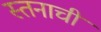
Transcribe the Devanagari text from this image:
स्तनाची